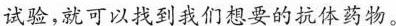
试验,就可以找到我们想要的抗体药物。